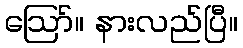
ဪ။ နားလည်ပြီ။